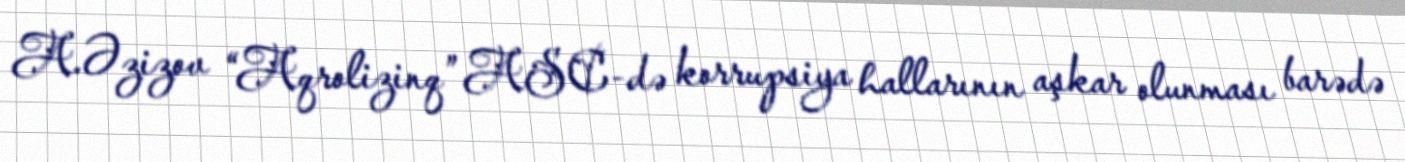
A.Əzizov “Aqrolizinq” ASC-də korrupsiya hallarının aşkar olunması barədə